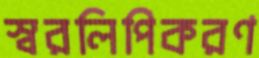
স্বরলিপিকরণ